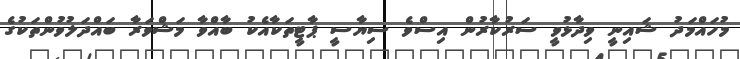
މުހައްމަދު ޝައިނީ ވިދާޅުވީ ސަރުކާރުން އިސްވެ ސިޔާސީ ޕާޓީތަކާއެކު ބާއްވާ މަޝްވަރާ ބައްދަލުވުންތަކުގެ